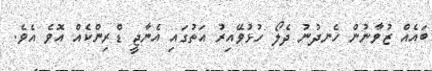
ބައެއް ޒުވާނުން ހެނދުނު ދެލޯ ހުޅުވޭއިރު އަތުގައި އެނާޖީ ޑްރިންކެއް އޮވެ އެވެ.